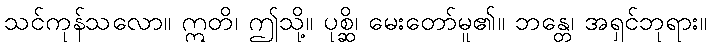
သင်ကုန်သလော။ ဣတိ၊ ဤသို့။ ပုစ္ဆိ၊ မေးတော်မူ၏။ ဘန္တေ၊ အရှင်ဘုရား။